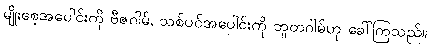
မျိုးစေ့အပေါင်းကို ဗီဇဂါမ်, သစ်ပင်အပေါင်းကို ဘူတဂါမ်ဟု ခေါ်ကြသည်။